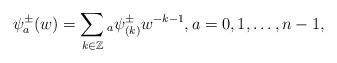
LaTeX: \begin{gather*}\psi_{a}^{\pm}(w)=\sum_{k\in\mathbb{Z}} {}_{a}\psi_{(k)}^{\pm}w^{-k-1},a=0,1,\dots, n-1,\end{gather*}